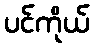
ပင်ကိုယ်